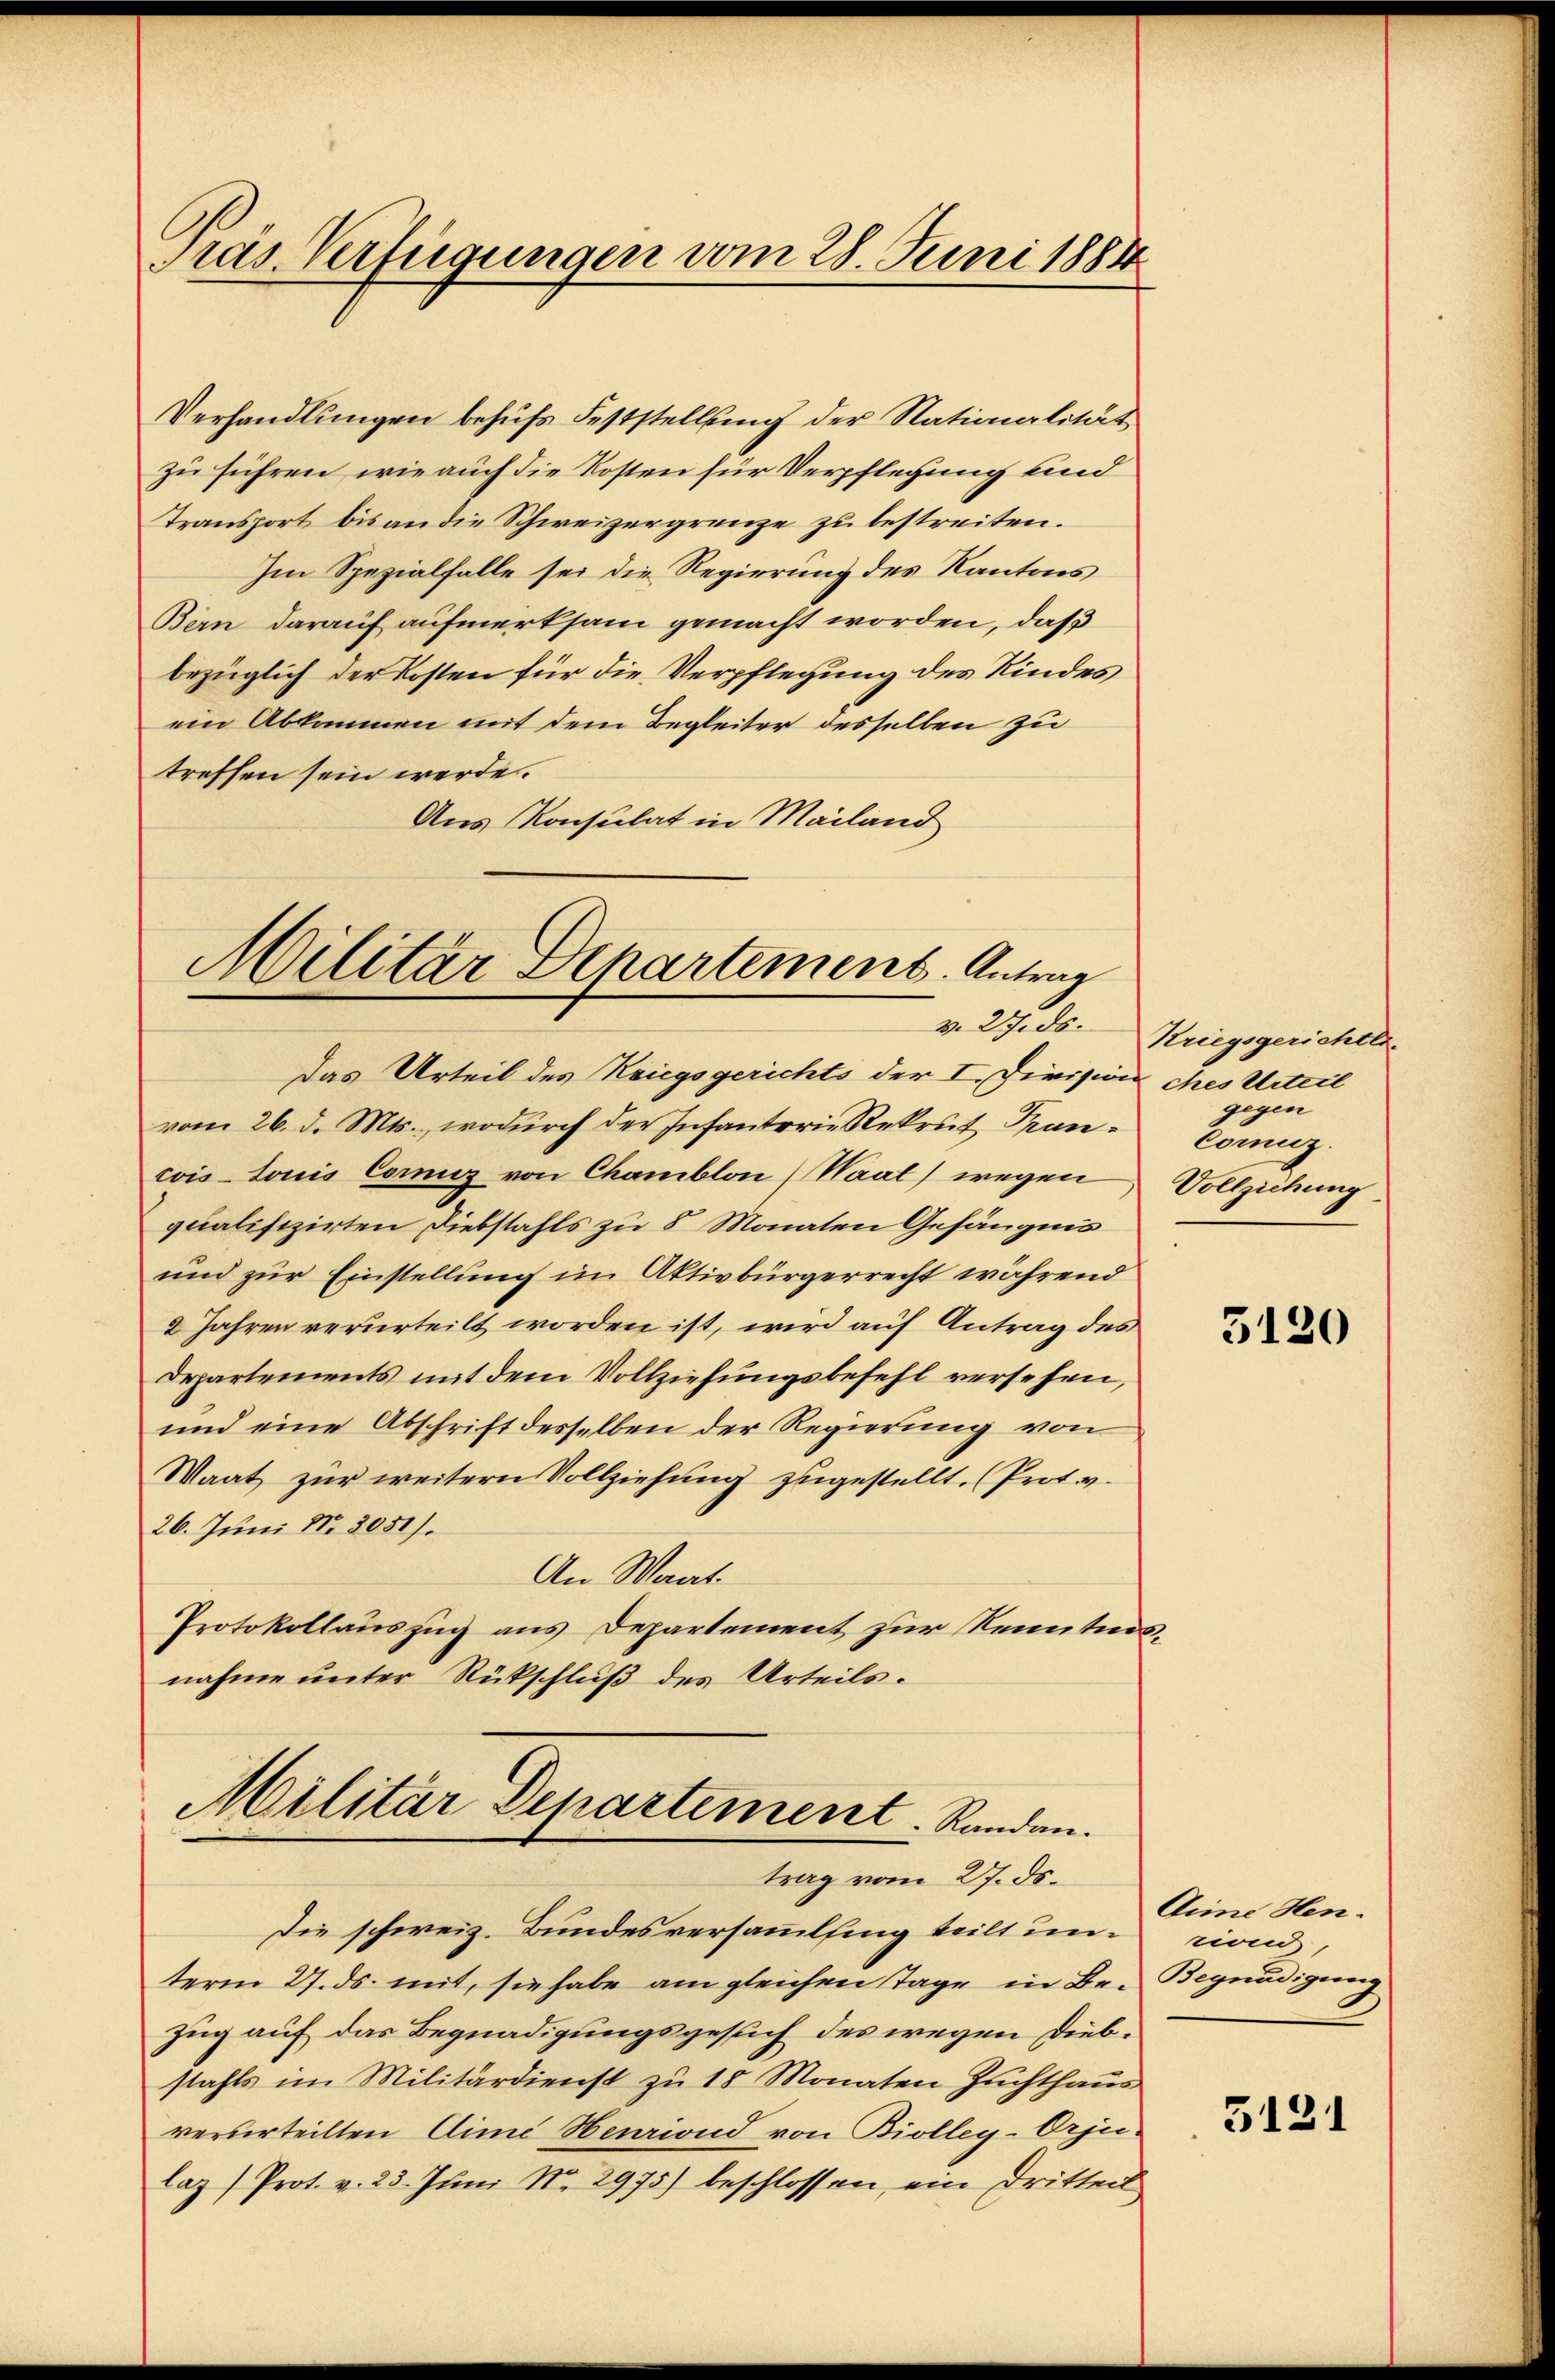
Präs. Verfügungen vom 28. Juni 1884

Verhandlungen behufs Feststellung der Nationalität
zu führen, wie auch die Kosten für Verpflegung und
Transport bis an die Schweizergrenze zu bestreiten.
Im Spezialfalle sei die Regierung des Kantons
Bern darauf aufmerksam gemacht worden, daß
bezüglich der Kosten für die Verpflegung des Kindes
ein Abkommen mit dem Begleiter desselben zu
treffen sein werde.
Aus Konsulat in Mailand

Militär Departement. Antrag

Militär Departement. Randan
trag vom 27. ds.

v. 27. ds Kriegsgerichter.
gegen
Coruz.

Das Urteil des Kriegsgerichts der I. Divisions ches Urteil
vom 26. d. Mts., wodurch der Infanterie Rekrut Francoistoris Corniz von Chamblon (Waat) wegen Vollziehung
qualifizirten Diebstahls zu 8 Monaten Gefängnis
und zur Einstellung im Aktivbürgerrecht während
2 Jahren verurteilt worden ist, wird auf Antrag des
Departements mit dem Vollziehungsbefehl versehen,
und eine Abschrift desselben der Regierung von
Waat zur weitern Vollziehung zugestellt. (Prot. v.
26. Juni No 2051).
An Waat.
Protokollauszug aus Departement zur Kenntnisnahme unter Rückschluß des Urteils.

Die schweiz. Bundesversammling teilt unriond,
term 27. ds. mit, sie habe am gleichen Tage in Be- Begnadigung
Zug auf das Begnadigungsgesuch des wegen Diebstahls im Militärdienst zu 18 Monaten Zuchthaus
verurteilten Aime Henriond von Biolleg-Orju-
laz (Prot. v. 23. Juni Nr. 2975) beschlossen, ein Dritteil

3120

Aie Hen.

3121